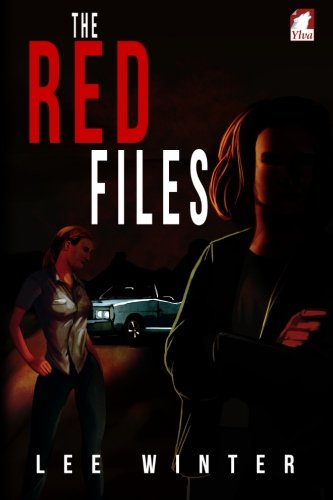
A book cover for The Red Files; Lee Winter; Romance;